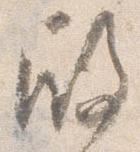
殿